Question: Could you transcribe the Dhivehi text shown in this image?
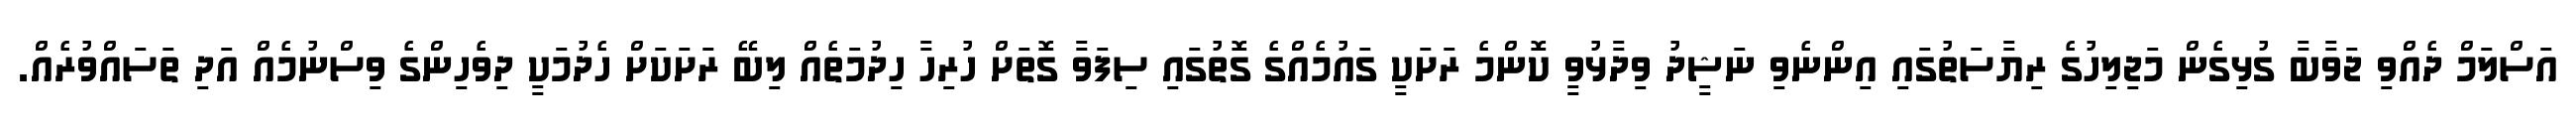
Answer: އަސްލަމް ދެއްވި ޖަވާބާ ގުޅިގެން މަޖިލިހުގެ ރިޔާސަތުގައި އިންނެވި ނަޝީދު ވިދާޅުވީ ކޮންމެ ރަށަކީ ގައުމެއްގެ ގޮތުގައި ސިފަވާ ގޮތަށް ހުރިހާ ހިދުމަތެއް ލިބޭ ރަށަކަށް ހެދުމަކީ ދިވެހިންގެ ވިސްނުމެއް އަދި ތަސައްވުރެއް.